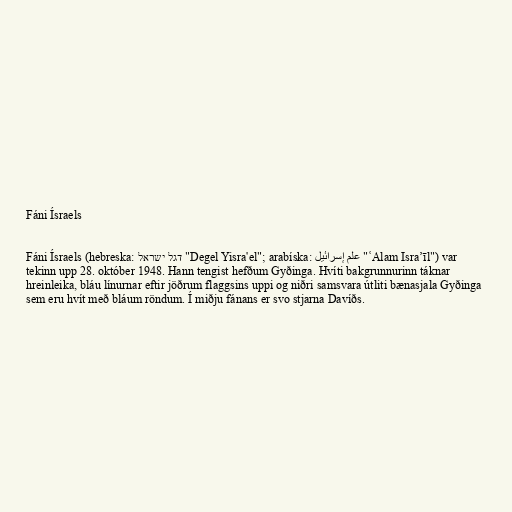
Fáni Ísraels

Fáni Ísraels ‎(hebreska: דגל ישראל "Degel Yisra'el"; arabíska: علم إسرائيل‎ "ʿAlam Israʼīl") var
tekinn upp 28. október 1948. Hann tengist hefðum Gyðinga. Hvíti bakgrunnurinn táknar
hreinleika, bláu línurnar eftir jöðrum flaggsins uppi og niðri samsvara útliti bænasjala Gyðinga
sem eru hvít með bláum röndum. Í miðju fánans er svo stjarna Davíðs.